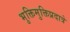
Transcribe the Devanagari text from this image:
भुक्तिमुक्तिप्रदात्रे